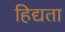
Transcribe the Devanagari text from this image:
हिद्यता